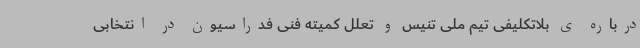
درباره ی بلاتکلیفی تیم ملی تنیس و تعلل کمیته فنی فدراسیون در انتخابی